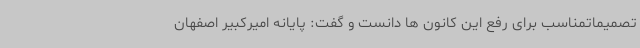
تصمیماتمناسب برای رفع این کانون ها دانست و گفت: پایانه امیرکبیر اصفهان